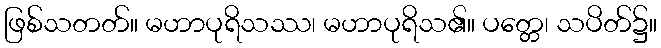
ဖြစ်သတတ်။ မဟာပုရိသဿ၊ မဟာပုရိသ၏။ ပတ္တေ၊ သပိတ်၌။